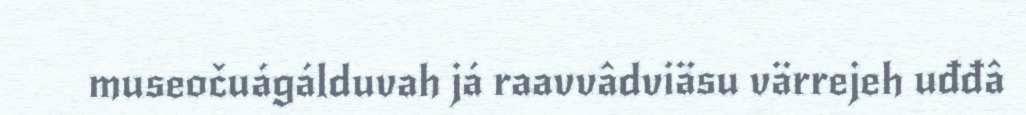
museočuágálduvah já raavvâdviäsu värrejeh uđđâ